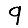
Digit: 9